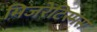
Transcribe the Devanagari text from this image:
मिजरेटिस्मस